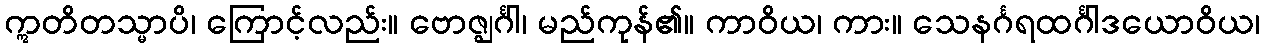
ဣတိတသ္မာပိ၊ ကြောင့်လည်း။ ဗောဇ္ဈင်္ဂါ၊ မည်ကုန်၏။ ကာဝိယ၊ ကား။ သေနင်္ဂရထင်္ဂါဒယောဝိယ၊